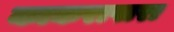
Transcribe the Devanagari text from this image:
काकरापारा